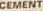
CEMENT